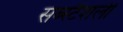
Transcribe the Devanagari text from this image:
सब्स्टैंशली